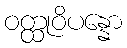
ဝတ္ထုဝိပန္နော